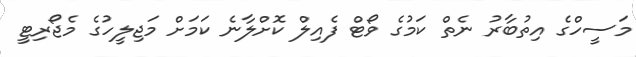
މަސީހްގެ އިތުބާރު ނެތް ކަމުގެ ވޯޓް ފެއިލް ކޮށްލާނެ ކަމަށް މަޖިލީހުގެ މެޖޯރިޓީ